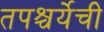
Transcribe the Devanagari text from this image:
तपश्चर्येची